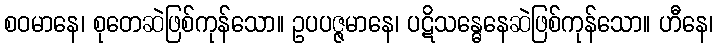
စဝမာနေ၊ စုတေဆဲဖြစ်ကုန်သော။ ဥပပဇ္ဇမာနေ၊ ပဋိသန္ဓေနေဆဲဖြစ်ကုန်သော။ ဟီနေ၊